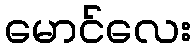
မောင်လေး